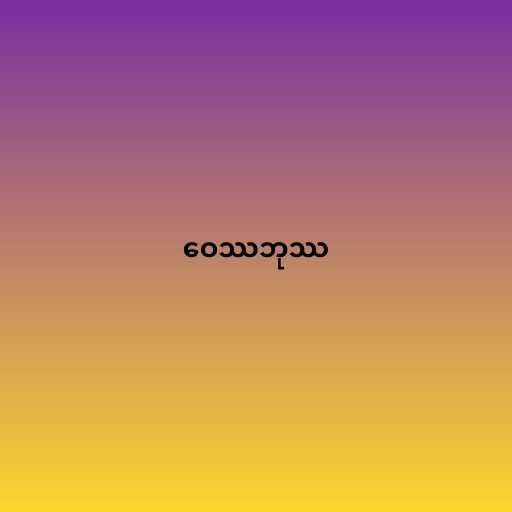
ဝေဿဘုဿ